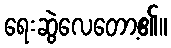
ရေးဆွဲလေတော့၏။